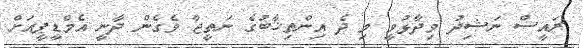
ރައީސް ނަޝިދު ވިދާޅުވީ މި ދެ އިންތިޚާބުގެ ނަތީޖާ ވެގެން ދާނީ އެމްޑީޕީއަށް